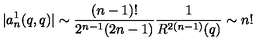
| a _ { n } ^ { 1 } ( q , q ) | \sim \frac { ( n - 1 ) ! } { 2 ^ { n - 1 } ( 2 n - 1 ) } \frac { 1 } { R ^ { 2 ( n - 1 ) } ( q ) } \sim n !